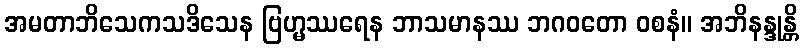
အမတာဘိသေကသဒိသေန ဗြဟ္မဿရေန ဘာသမာနဿ ဘဂဝတော ဝစနံ။ အဘိနန္ဒုန္တိ